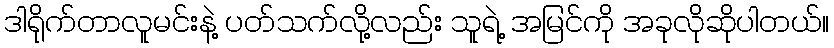
ဒါရိုက်တာလူမင်းနဲ့ ပတ်သက်လို့လည်း သူရဲ့ အမြင်ကို အခုလိုဆိုပါတယ်။